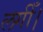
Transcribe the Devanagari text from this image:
लगीँ।